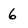
Character: 6